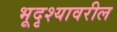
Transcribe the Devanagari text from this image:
भूदृश्यावरील